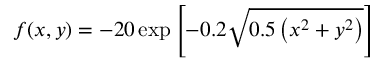
f ( x , y ) = - 2 0 \exp \left[ - 0 . 2 { \sqrt { 0 . 5 \left( x ^ { 2 } + y ^ { 2 } \right) } } \right]